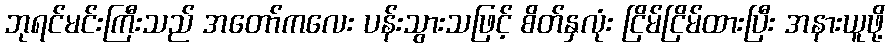
ဘုရင်မင်းကြီးသည် အတော်ကလေး ပန်းသွားသဖြင့် စိတ်နှလုံး ငြိမ်ငြိမ်ထားပြီး အနားယူဖို့